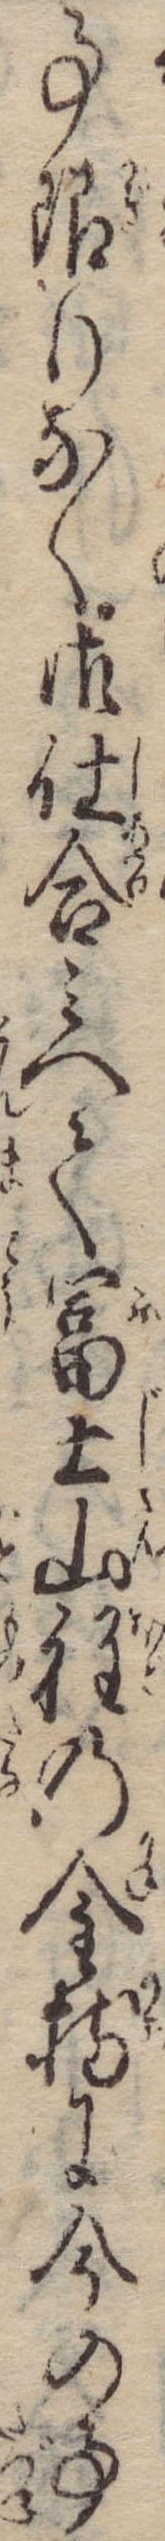
事限りなく御仕合みへて富士山程の金持に今の事